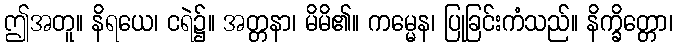
ဤအတူ။ နိရယေ၊ ငရဲ၌။ အတ္တနာ၊ မိမိ၏။ ကမ္မေန၊ ပြုခြင်းကံသည်။ နိက္ခိတ္တော၊